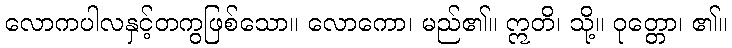
လောကပါလနှင့်တကွဖြစ်သော။ လောကော၊ မည်၏။ ဣတိ၊ သို့။ ဝုတ္တော၊ ၏။